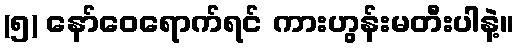
(၅) နော်ဝေရောက်ရင် ကားဟွန်းမတီးပါနဲ့။